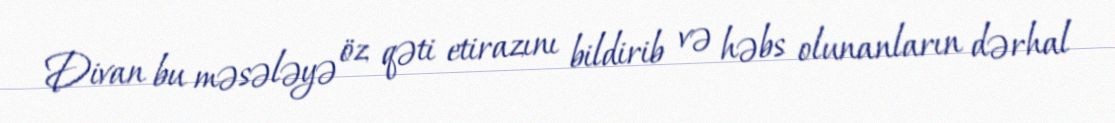
Divan bu məsələyə öz qəti etirazını bildirib və həbs olunanların dərhal